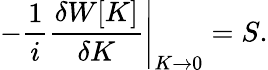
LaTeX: -{\frac{1}{i}}\left.{\frac{\delta W[K]}{\delta K}}\right|_{K\rightarrow 0}=S.